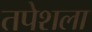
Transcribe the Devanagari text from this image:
तपेशला